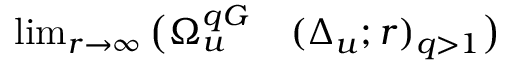
\begin{array} { r l } { \operatorname* { l i m } _ { r \to \infty } \big ( \Omega _ { u } ^ { q G } } & { { } ( \Delta _ { u } ; r ) _ { q > 1 } \big ) } \end{array}